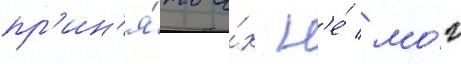
пр'ин'я́ть и́х н'е́ мо́г